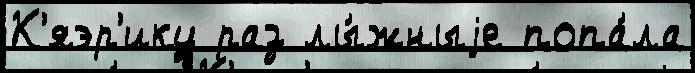
К'яэр'ику раз лы́жныjе попа́ла